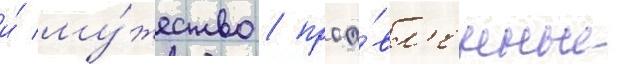
и́ му́жество / проа́вл'енные